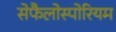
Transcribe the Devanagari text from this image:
सेफैलोस्पोरियम